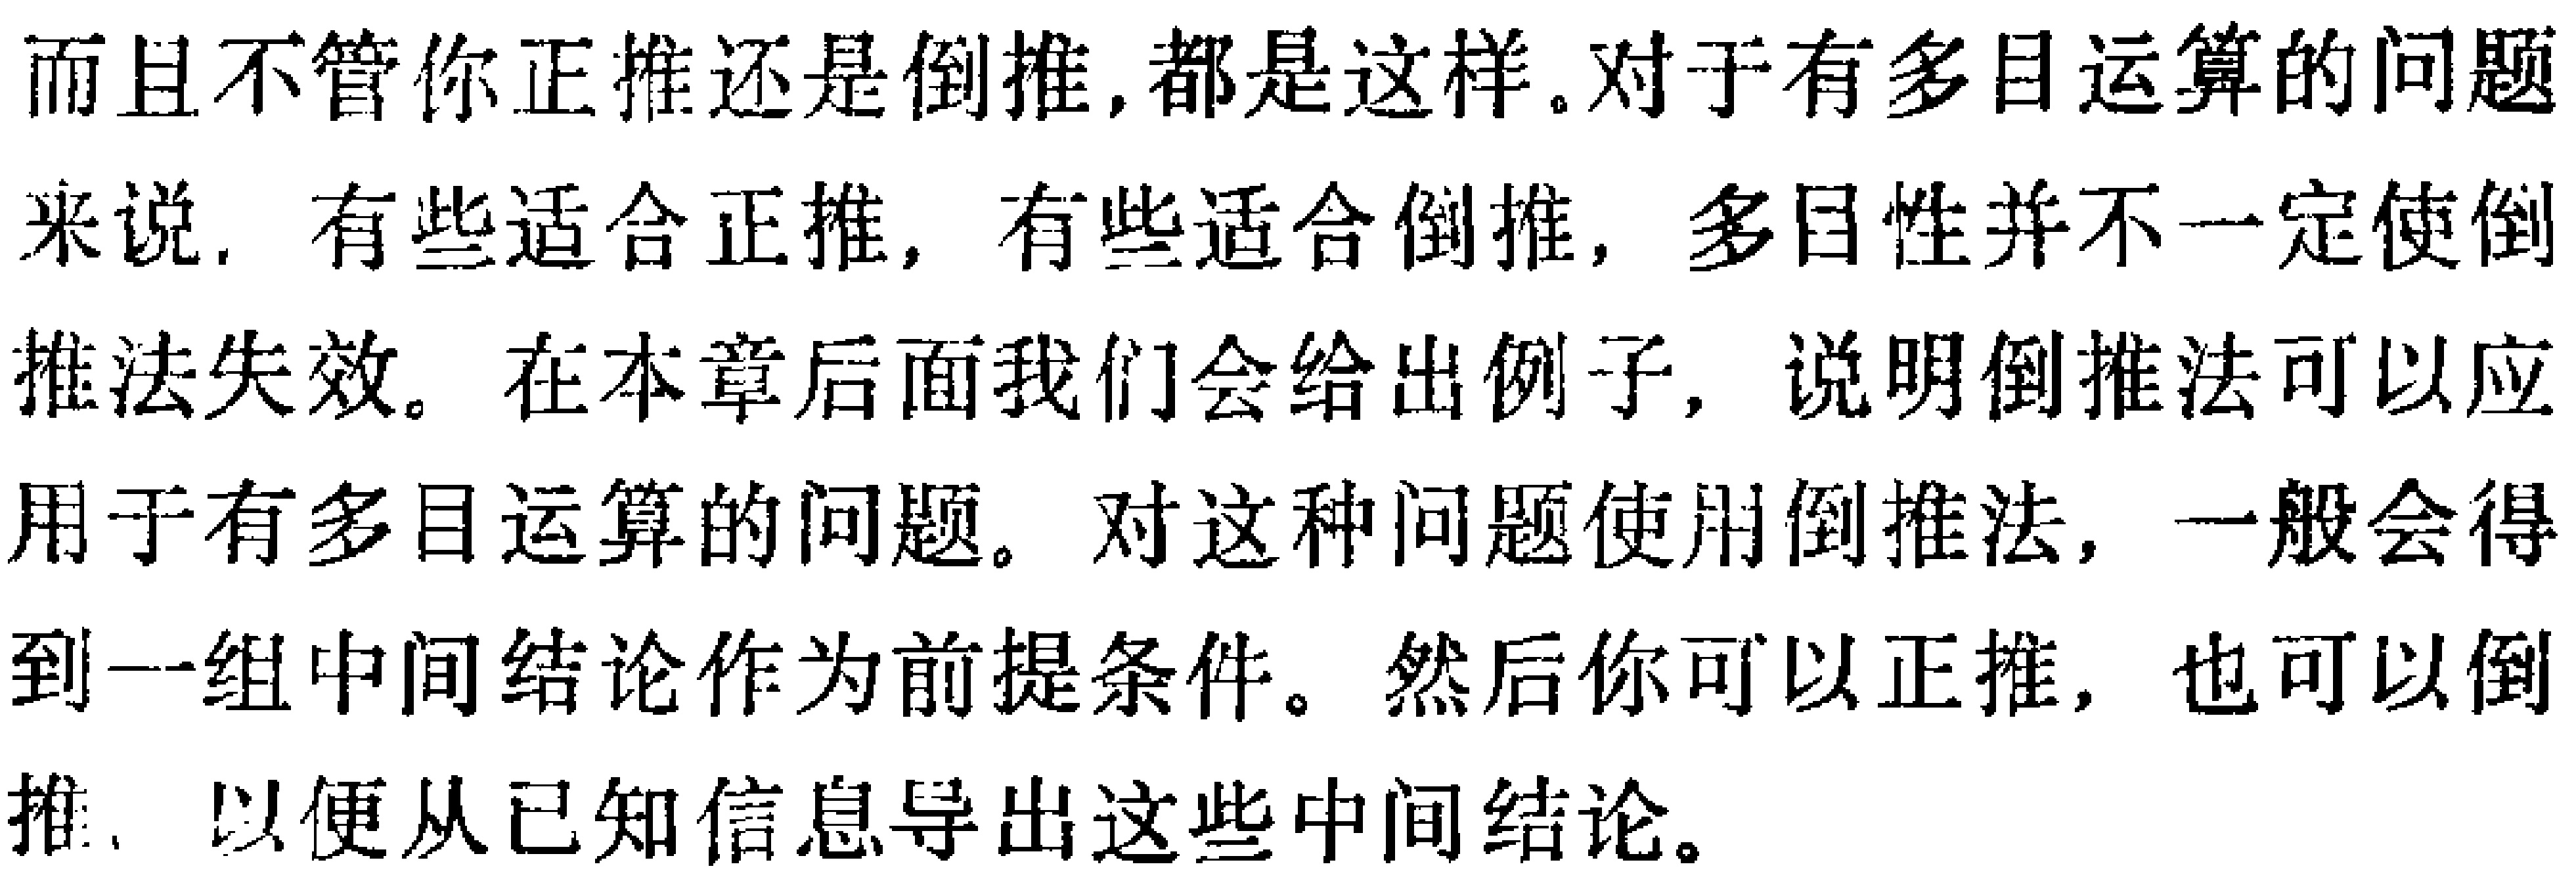
而且不管你正推还是倒推, 都是这样。对于有多目运算的问题来说, 有些适合正推, 有些适合倒推, 多目性并不一定使倒推法失效。在本章后面我们会给出例子, 说明倒推法可以应用于有多目运算的问题。对这种问题使用倒推法, 一般会得到一组中间结论作为前提条件。然后你可以正推, 也可以倒推, 以便从已知信息导出这些中间结论。